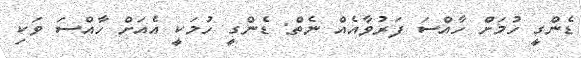
ޑެންގީ ހުމަށް ހާއްސަ ފަރުވާއެއް ނެތް: ޑެންގީ ހުމަކީ އެއަށް ހާއްސަ ވަކި